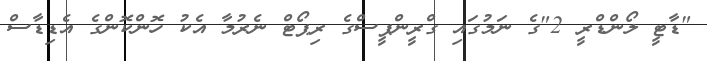
"ޑާޓީ ލޯންޑްރީ 2"ގެ ނަމުގައި ގްރީންޕީސްގެ ރިޕޯޓް ނެރުމާ އެކު ހޮންކޮންގެ އެޑިޑާސް